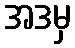
အဒမှ